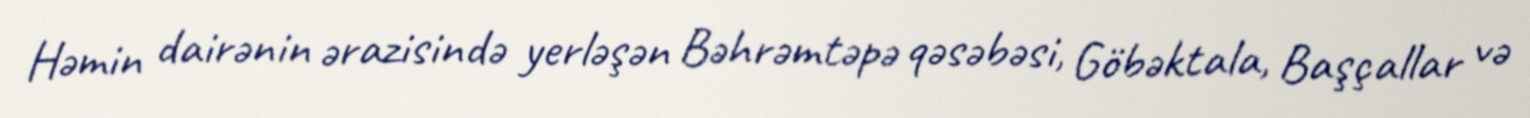
Həmin dairənin ərazisində yerləşən Bəhrəmtəpə qəsəbəsi, Göbəktala, Başçallar və